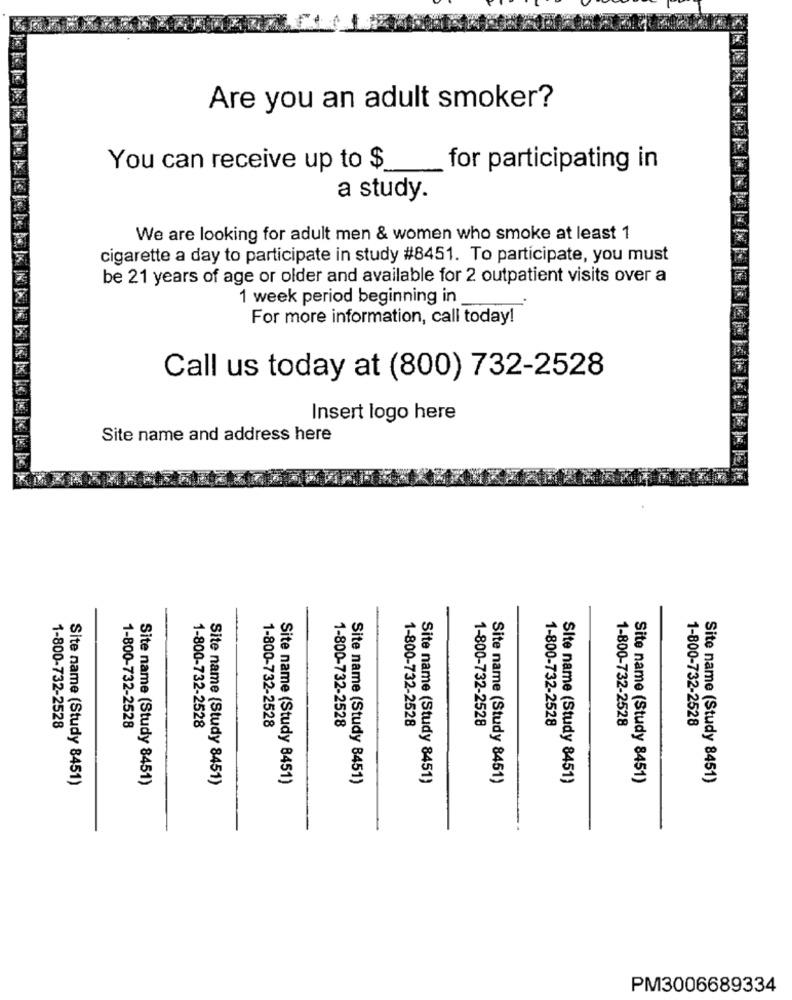
Are you an adult smoker?
You can receive up to $
for participating in
a study.
We are looking for adult men & women who smoke at least 1
cigarette a day to participate in study #8451. To participate, you must
be 21 years of age or older and available for 2 outpatient visits over a
1 week period beginning in
For more information, call today!
Call us today at (800) 732-2528
Insert logo here
Site name and address here
1-800-732-2528
1-800-732-2528
1-800-732-2528
1-800-732-2528
1-800-732-2528
1-800-732-2528
1-800-732-2528
1-800-732-2528
1-800-732-2528
1-800-732-2528
Site name (Study 8451)
Site name (Study 8451)
Site name (Study 8451)
Site name (Study 8451)
Site name (Study 8451)
Site name (Study 8451)
Site name (Study 8451)
Site name (Study 8451)
Site name (Study 8451)
Site name (Study 8451)
PM3006689334